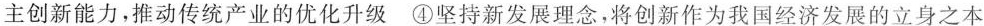
主创新能力，推动传统产业的优化升级④坚持新发展理念，将创新作为我国经济发展的立身之本